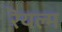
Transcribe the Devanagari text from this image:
रॆयल्म